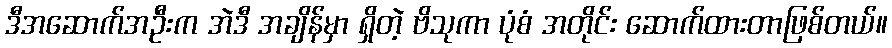
ဒီအဆောက်အဦးက အဲဒီ အချိန်မှာ ရှိတဲ့ ဗိသုကာ ပုံစံ အတိုင်း ဆောက်ထားတာဖြစ်တယ်။